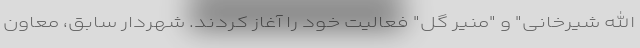
الله شیرخانی" و "منیر گل" فعالیت خود را آغاز کردند. شهردار سابق، معاون